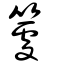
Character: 𥴧